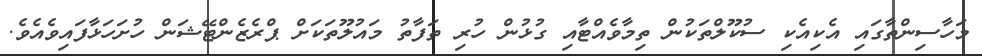
މަހާސިންތާގައި އެކިއެކި ސުކޫލްތަކުން ތިމާވެއްޓާއި ގުޅުން ހުރި ތަފާތު މައުލޫތަކަށް ޕްރެޒެންޓޭޝަން ހުށަހަޅާފައިވެއެވެ.